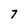
Character: 7